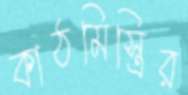
কাঠমিস্ত্রির